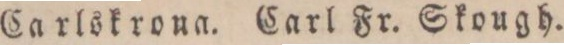
Carlskroua. Carl Fr. Skough.